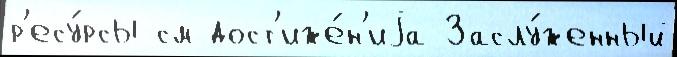
р'есу́рсы см дост'иже́н'иjа Заслу́женный